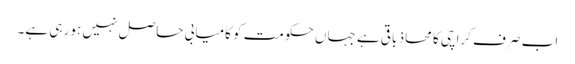
اب صرف کراچی کا محاذ باقی ہے جہاں حکومت کو کامیابی حاصل نہیں ہو رہی ہے۔